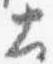
土